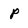
Character: P